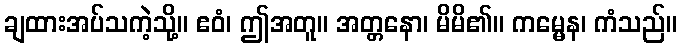
ချထားအပ်သကဲ့သို့။ ဧဝံ၊ ဤအတူ။ အတ္တနော၊ မိမိ၏။ ကမ္မေန၊ ကံသည်။